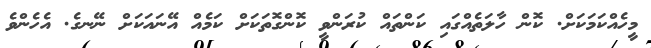
މީހެއްކަމަކަށް. ކޮން ހާލަތެއްގައި ކަންތައް ކުރަންވީ ކޮންގޮތަކަށް ކަމެއް އޭނައަކަށް ނޭނގެ. އެހެންވެ